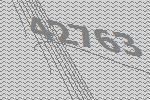
42763